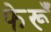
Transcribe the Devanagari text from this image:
फेरूँ